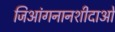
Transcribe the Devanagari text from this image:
जिआंगनानशीदाओ